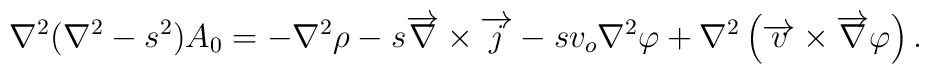
\nabla^{2}(\nabla^{2}-s^{2})A_{0}=-\nabla^{2}\rho-s\overrightarrow{\nabla}\times\overrightarrow{j}-sv_{o}\nabla^{2}\varphi+\nabla^{2}\left(\overrightarrow{v}\times\overrightarrow{\nabla}\varphi\right)  .